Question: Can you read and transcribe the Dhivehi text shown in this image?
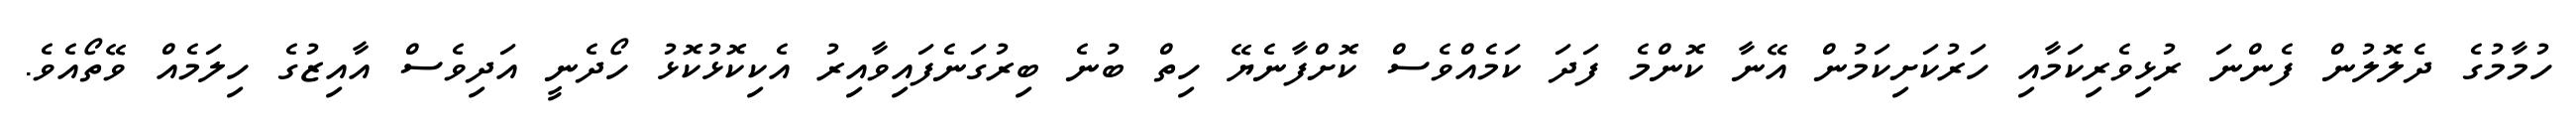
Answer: ހުމާމުގެ ދެލޮލުން ފެންނަ ރުޅިވެރިކަމާއި ހަރުކަށިކަމުން އޭނާ ކޮންމެ ފަދަ ކަމެއްވެސް ކޮށްފާނެޔޭ ހިތް ބުނެ ބިރުގަނެފައިވާއިރު އެކިކޮޅުކޮޅު ހޯދެނީ އަދިވެސް އާއިޒުގެ ހިލަމެއް ވޭތޯއެވެ.